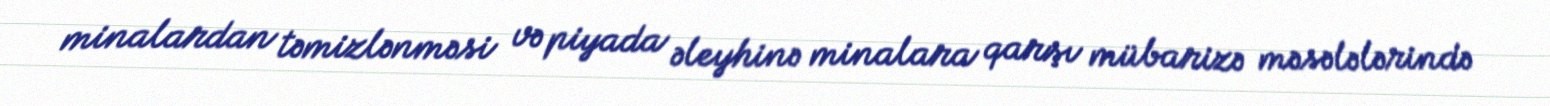
minalardan təmizlənməsi və piyada əleyhinə minalara qarşı mübarizə məsələlərində